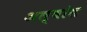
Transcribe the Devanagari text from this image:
अल्बांस